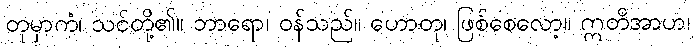
တုမှာကံ၊ သင်တို့၏။ ဘာရော၊ ဝန်သည်။ ဟောတု၊ ဖြစ်စေလော့။ ဣတိအာဟ၊